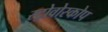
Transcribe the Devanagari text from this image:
स्ट्रोवोस्कोप